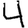
Digit: 4